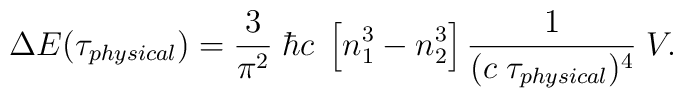
\Delta E(\tau_{\small physical}) =  {3\over\pi^2} \; \hbar c \;\left[ n_1^3 - n_2^3 \right] {1\over( c \; \tau_{\small physical})^4} \; V.